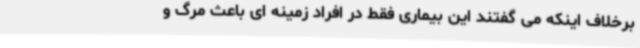
برخلاف اینکه می گفتند این بیماری فقط در افراد زمینه ای باعث مرگ و